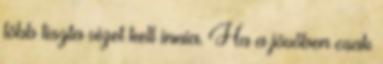
több tiszta vizet kell innia. Ha a jövőben csak